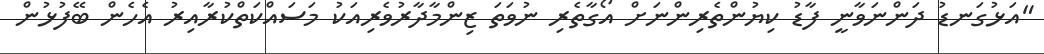
"އަޅުގަނޑު ދަންނަވާނީ ފާޑު ކިޔުންތެރިންނަށް އޯގާތެރި ނުވަތަ ޒިންމާދާރުވެރިއަކު މަސައްކަތްކުރާއިރު އެހެން ބޭފުޅުން